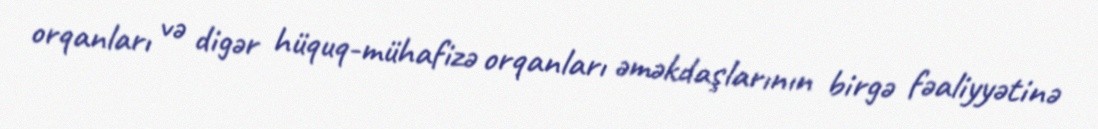
orqanları və digər hüquq-mühafizə orqanları əməkdaşlarının birgə fəaliyyətinə